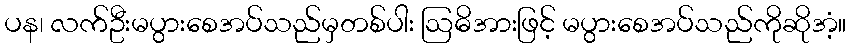
ပန၊ လက်ဦးမပွားစေအပ်သည်မှတစ်ပါး ဩဓိအားဖြင့် မပွားစေအပ်သည်ကိုဆိုအံ့။